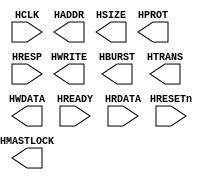
module ahb_master(
	input wire HCLK,
	input wire HRESETn,

	output wire [31:0] HADDR,
	output wire 	   HWRITE,
	output wire [ 2:0] HSIZE,
	output wire [ 2:0] HBURST,
	output wire [ 3:0] HPROT,
	output wire [ 1:0] HTRANS,
	output wire 	   HMASTLOCK,
	output wire [31:0] HWDATA,
	// output wire [3:0] HMASTER,
	// output wire HWSTRB,
	// output wire HEXCL,
	// output wire HNONSEC,

	input wire HREADY,
	input wire HRESP,
	input wire [31:0] HRDATA
);
	 
//master list
reg m_ready;
reg [1:0] m_resp;
reg [31:0] m_rdata;
reg [1:0] m_trans;
reg [31:0] m_addr;
reg m_write;
reg [2:0] m_size;
reg [2:0] m_burst;
reg [3:0] m_prot;
reg [31:0] m_wdata;



endmodule